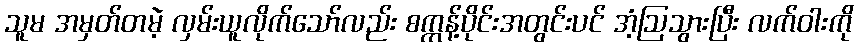
သူမ အမှတ်တမဲ့ လှမ်းယူလိုက်သော်လည်း စက္ကန့်ပိုင်းအတွင်းပင် အံ့ဩသွားပြီး လက်ဝါးကို